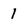
Character: 1